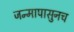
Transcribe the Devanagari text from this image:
जन्मापासुनच